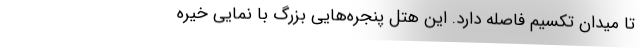
تا میدان تکسیم فاصله دارد. این هتل‌ پنجره‌هایی بزرگ با نمایی خیره